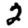
Digit: 2